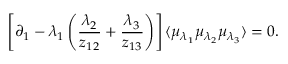
\left[ \partial _ { 1 } - \lambda _ { 1 } \left( \frac { \lambda _ { 2 } } { z _ { 1 2 } } + \frac { \lambda _ { 3 } } { z _ { 1 3 } } \right) \right] \langle \mu _ { \lambda _ { 1 } } \mu _ { \lambda _ { 2 } } \mu _ { \lambda _ { 3 } } \rangle = 0 .